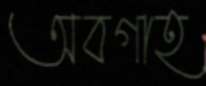
অবগাহ